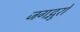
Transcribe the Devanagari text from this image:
जगद्गुरो